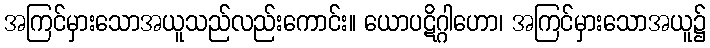
အကြင်မှားသောအယူသည်လည်းကောင်း။ ယောပဋိဂ္ဂါဟော၊ အကြင်မှားသောအယူ၌